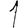
Digit: 1